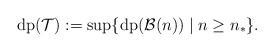
LaTeX: \begin{align*}\mathrm{dp}(\mathcal{T}):=\sup\lbrace\mathrm{dp}(\mathcal{B}(n))\mid n\ge n_\ast\rbrace.\end{align*}